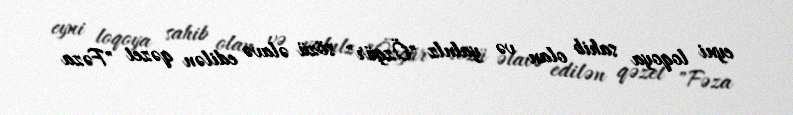
eyni loqoya sahib olan və yalnlz "Özgür" sözü əlavə edilən qəzet "Fəza